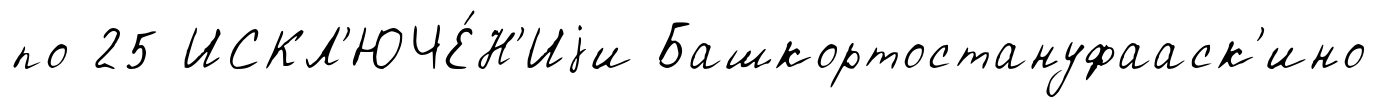
по 25 ИСКЛ'ЮЧЕ́Н'Иjи Башкортостануфааск'ино